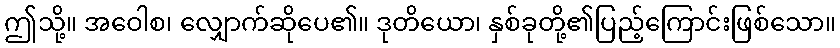
ဤသို့။ အဝေါစ၊ လျှောက်ဆိုပေ၏။ ဒုတိယော၊ နှစ်ခုတို့၏ပြည့်ကြောင်းဖြစ်သော။